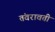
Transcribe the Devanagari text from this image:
तंवरावती